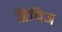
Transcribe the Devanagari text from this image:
ब्रिचिज